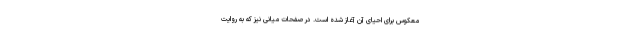
معکوس برای احیای آن آغاز شده است. در صفحات میانی نیز که به روایت